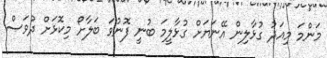
މަންމަ މިއަދު ގުޅާލިން އޭނަޔަށް ގުޅާލީމަ ބުނީ ފޮނުވަ ބަލާށޯ މިކޮޅަށް ދުވަސް